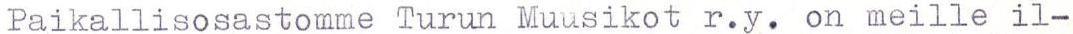
Paikallisosastomme Turun Muusikot r.y. on meille il-